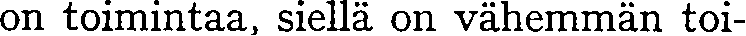
on toimintaa, siellä on vähemmän toi-